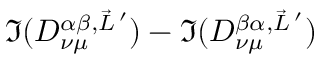
\Im ( D _ { \nu \mu } ^ { \alpha \beta , \vec { L } \, ^ { \prime } } ) - \Im ( D _ { \nu \mu } ^ { \beta \alpha , \vec { L } \, ^ { \prime } } )